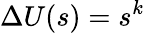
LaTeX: \Delta U(s)=s^{k}